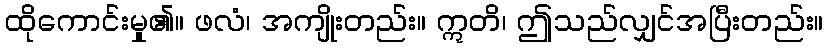
ထိုကောင်းမှု၏။ ဖလံ၊ အကျိုးတည်း။ ဣတိ၊ ဤသည်လျှင်အပြီးတည်း။